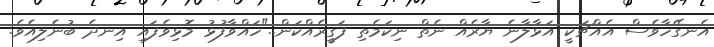
އެނގޭހާވެސް އެއްޗަކީ އަޅާލާނެ ޔާރެއް ނެތް ނިކަމެތި ފަގީރެއްކަން.."ހައްވާފުޅު މޮޅިވެފައި އިނދެ ބުނެލިއެވެ.